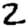
Digit: 2